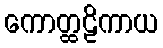
ကောတ္ထဠိကာယ